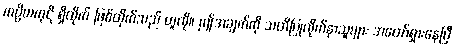
ကပ္ပိယကုဋိ ရှိထိုက် ဖြစ်ထိုက်သည် ဟူလို။ ဤအချက်ကို သတိပြုလိုက်နာသူများ အတော်ရှားနေပြီ